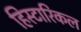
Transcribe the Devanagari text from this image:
हिस्टारिकल